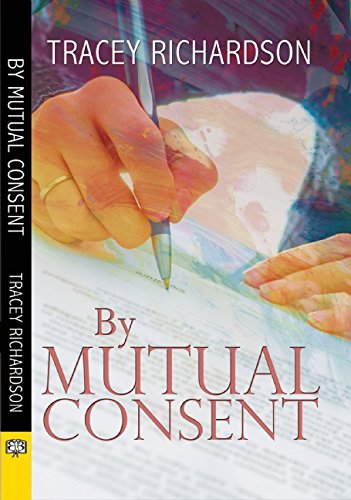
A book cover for By Mutual Consent; Tracey Richardson; Romance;